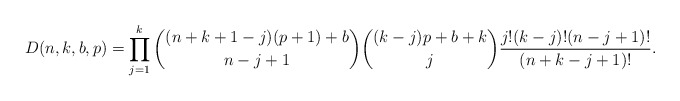
\begin{gather*}D(n,k,b,p)= \prod_{j=1}^{k} {(n+k+1-j)(p+1)+b \choose n-j+1} {(k-j)p+b+k \choose j}{j! (k-j)! (n-j+1)! \over (n+k-j+1)!}.\end{gather*}